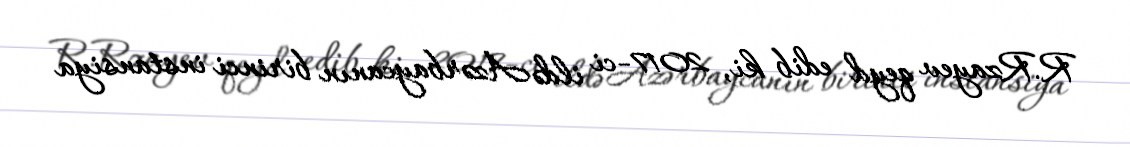
R.Rzayev qeyd edib ki, 2017-ci ildə Azərbaycanın birinci instansiya